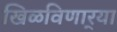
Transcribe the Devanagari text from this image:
खिळविणार्‍या